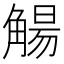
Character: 𫌰